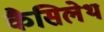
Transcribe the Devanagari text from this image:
कैसिलेथ